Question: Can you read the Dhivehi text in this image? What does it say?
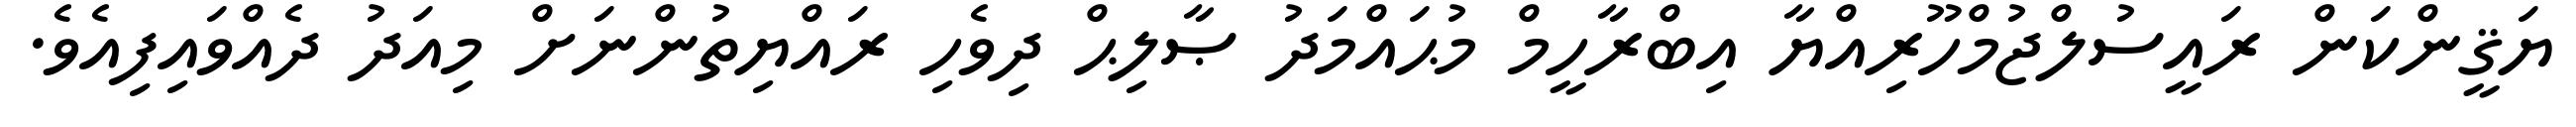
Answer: ޔަޤީންކަން ރައީސުލްޖުމްހޫރިއްޔާ އިބްރާހީމް މުޙައްމަދު ޞާލިޙް ދިވެހި ރައްޔިތުންނަށް މިއަދު ދެއްވައިފިއެވެ.